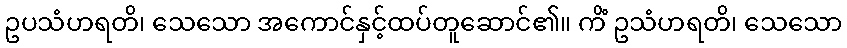
ဥပသံဟရတိ၊ သေသော အကောင်နှင့်ထပ်တူဆောင်၏။ ကိံ ဥသံဟရတိ၊ သေသော